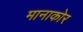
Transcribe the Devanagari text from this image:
मानाकोर